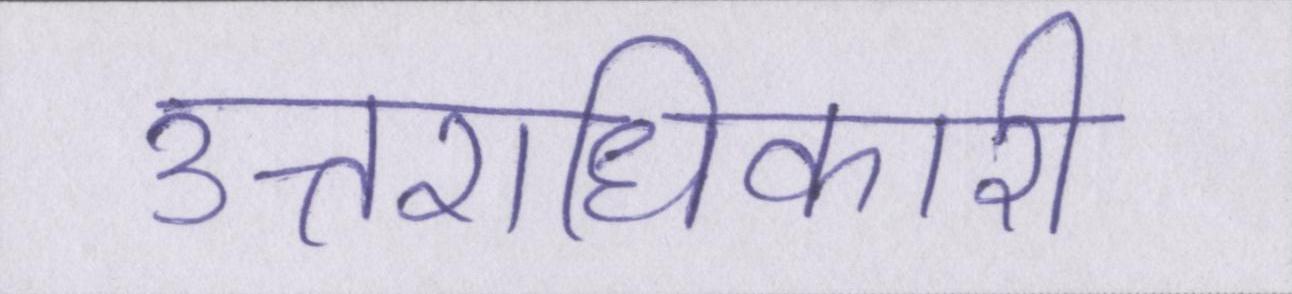
उत्तराधिकारी